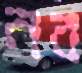
নব